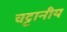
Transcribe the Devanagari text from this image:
चट्टानीय